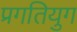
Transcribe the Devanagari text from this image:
प्रगतियुग